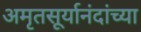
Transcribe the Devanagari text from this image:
अमृतसूर्यानंदांच्या